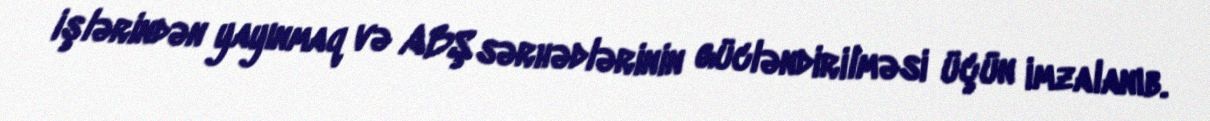
işlərindən yayınmaq və ABŞ sərhədlərinin gücləndirilməsi üçün imzalanıb.